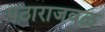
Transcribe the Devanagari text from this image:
पठाराजवळ